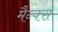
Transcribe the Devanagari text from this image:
मैन्क्स